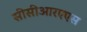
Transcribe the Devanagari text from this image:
सीसीआरएएस